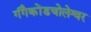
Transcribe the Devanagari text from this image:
गंगैकोंडचोलेश्वर